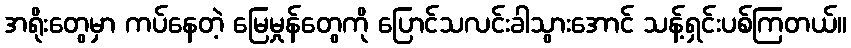
အရိုးတွေမှာ ကပ်နေတဲ့ မြေမှုန်တွေကို ပြောင်သလင်းခါသွားအောင် သန့်ရှင်းပစ်ကြတယ်။